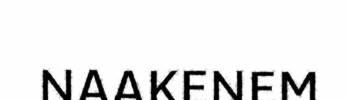
NAAKENEM